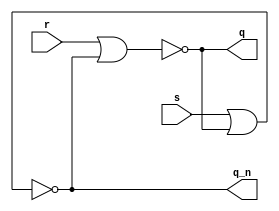
module sr_latch
(
input s,
input r,
output q,
output q_n
);
assign q = ~ ( r | q_n ) ;
assign q_n = ~ ( s | q ) ;
endmodule

module d_latch
(
input clk ,
input d,
output q,
output q_n
);
wire r = ~d & clk;
wire s = d & clk ;
sr_latch sr_latch (s, r, q, q_n) ;
endmodule

module d_flip_flop (
input clk,
input d,
output q,
output q_n
);
wire n1;
d_latch master (
. clk ( ~ clk ) ,
.d ( d ) ,
.q ( n1 )
);
d_latch slave (
. clk ( clk ) ,
.d ( n1 ) ,
.q ( q ) ,
.q_n ( q_n )
);
endmodule